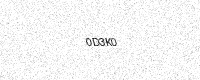
Text: 0D3K0